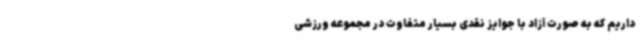
داریم که به صورت آزاد با جوایز نقدی بسیار متفاوت در مجموعه ورزشی